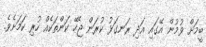
ބީމަށް ވުމުން އޭގައި އަދި ރަނގަޅު ކުރަން ޖެހޭ ކަންތަކެއް ހުރި ކަމަށެވެ.